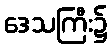
ဒေသကြီး၌